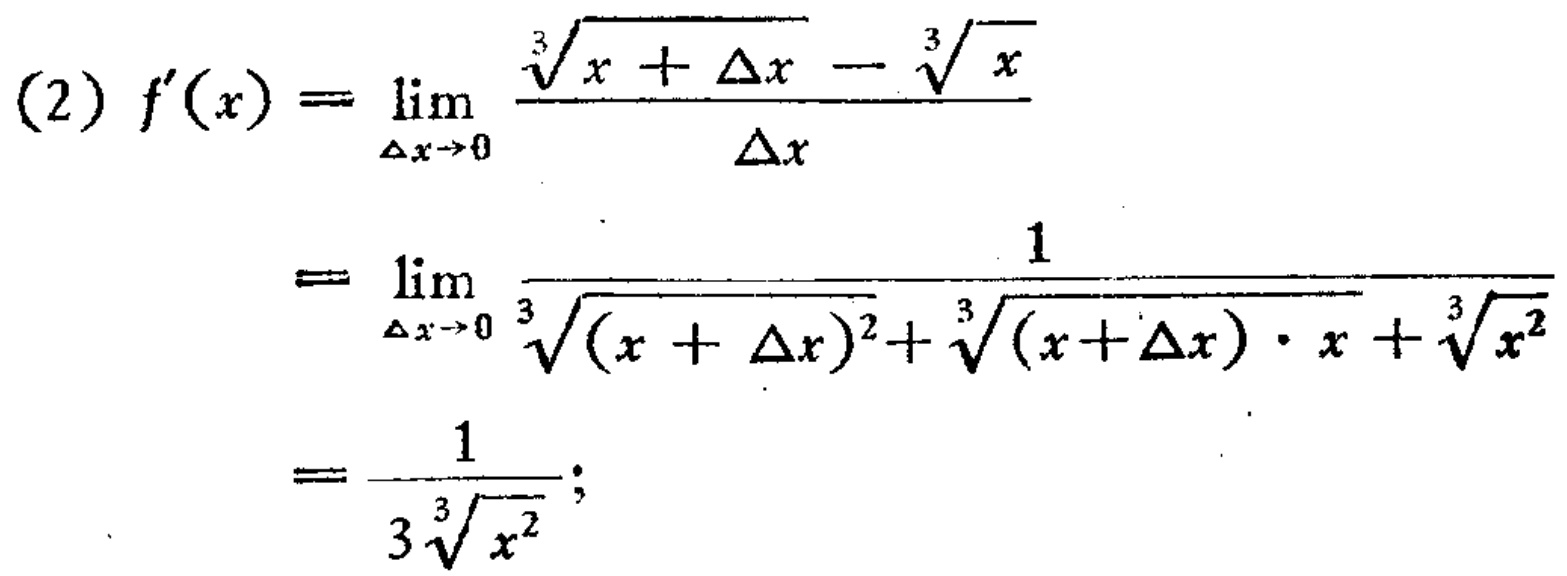
\[
\begin{align*}
(2)f^{\prime}(x)&=\lim_{\Delta x\rightarrow0}\frac{\sqrt[3]{x + \Delta x}-\sqrt[3]{x}}{\Delta x}\\
&=\lim_{\Delta x\rightarrow0}\frac{1}{\sqrt[3]{(x + \Delta x)^{2}}+\sqrt[3]{(x+\Delta x)\cdot x}+\sqrt[3]{x^{2}}}\\
&=\frac{1}{3\sqrt[3]{x^{2}}};
\end{align*}
\]